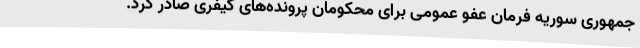
جمهوری سوریه فرمان عفو عمومی برای محکومان پرونده‌های کیفری صادر کرد.